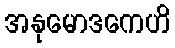
အနုမောဒကေဟိ